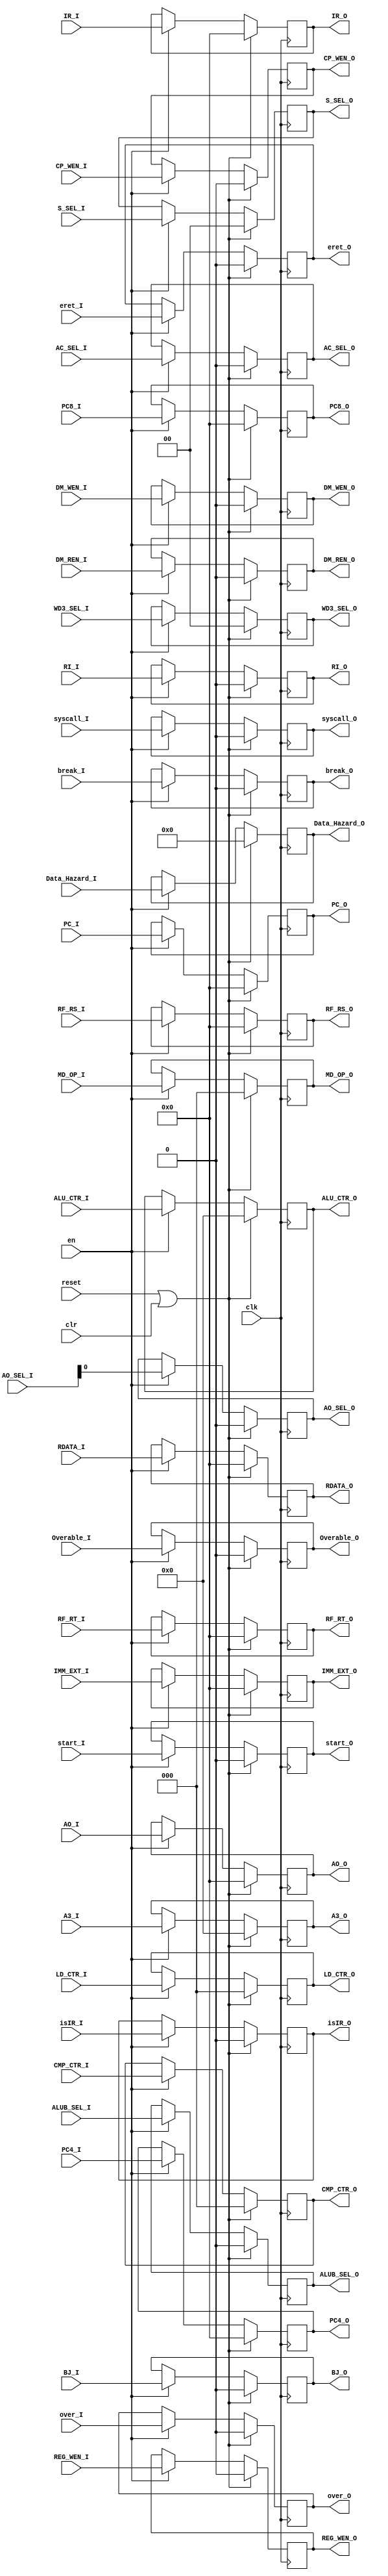
`timescale 1ns / 1ps
//////////////////////////////////////////////////////////////////////////////////
// Company: 
// Engineer: 
// 
// Create Data: 2020/02/09 19:17:26
// Design Name: 
// Module Name: reg_flow
// Project Name: 
// Target Devices: 
// Tool Versions: 
// Description: 
// 
// Dependencies: 
// 
// Revision:
// Revision 0.01 - File Created
// Additional Comments:
// 
//////////////////////////////////////////////////////////////////////////////////


module reg_flow(
    input clk,
    input reset,
    input clr,
    input en,
    input [31:0] PC_I,
    input [31:0] PC4_I,
    input [31:0] PC8_I,
    input [31:0] IR_I,
    input [31:0] RF_RS_I,
    input [31:0] RF_RT_I,
    input [31:0] IMM_EXT_I,
    input [31:0] AO_I,
    input [31:0] RDATA_I,
    input ALUB_SEL_I,
    input [4:0] ALU_CTR_I,
    input DM_REN_I,
    input DM_WEN_I,
    input [1:0] WD3_SEL_I,
    input REG_WEN_I,
    input [44:0] Data_Hazard_I,
    input [4:0] A3_I,
    input [2:0] CMP_CTR_I,
    input [1:0] S_SEL_I,
    input [2:0] LD_CTR_I,
    input [2:0] MD_OP_I, 
    input start_I,
    input [31:0] AO_SEL_I,
    input BJ_I,
    input eret_I,
    input break_I,
    input syscall_I,
    input CP_WEN_I,
    input AC_SEL_I,
    input RI_I,
    input Overable_I,
    input over_I,
    input isIR_I,
    output reg [31:0] PC_O,
    output reg [31:0] PC4_O,
    output reg [31:0] PC8_O,
    output reg [31:0] IR_O,
    output reg [31:0] RF_RS_O,
    output reg [31:0] RF_RT_O,
    output reg [31:0] IMM_EXT_O,
    output reg [31:0] AO_O,
    output reg [31:0] RDATA_O,
    output reg ALUB_SEL_O,
    output reg [4:0] ALU_CTR_O,
    output reg DM_REN_O,
    output reg DM_WEN_O,
    output reg [1:0] WD3_SEL_O,
    output reg REG_WEN_O,
    output reg [44:0] Data_Hazard_O,
    output reg [4:0] A3_O,
    output reg [2:0] CMP_CTR_O,
    output reg [1:0] S_SEL_O,
    output reg [2:0] LD_CTR_O,
    output reg [2:0] MD_OP_O,
    output reg start_O,
    output reg AO_SEL_O,
    output reg BJ_O,
    output reg eret_O,
    output reg break_O,
    output reg syscall_O,
    output reg CP_WEN_O,
    output reg AC_SEL_O,
    output reg RI_O,
    output reg Overable_O,
    output reg over_O,
    output reg isIR_O
    );

    always @(posedge clk)
        if(reset || clr) begin
            PC_O <= 32'd0;
            PC4_O <= 32'd0;
            PC8_O <= 32'd0;
            IR_O <= 32'd0;
            RF_RS_O <= 32'd0;
            RF_RT_O <= 32'd0;
            IMM_EXT_O <= 32'd0;
            AO_O <= 32'd0;
            RDATA_O <= 32'd0;
            ALUB_SEL_O <= 0;  
            ALU_CTR_O <= 0;  
            DM_REN_O <= 0;    
            DM_WEN_O <= 0;    
            WD3_SEL_O <= 0;  
            REG_WEN_O <= 0;  
            Data_Hazard_O <= 45'd0; 
            A3_O <= 5'd0;
            CMP_CTR_O <= 3'd0;
            S_SEL_O <= 2'd0;
            LD_CTR_O <= 3'd0;
            MD_OP_O <= 3'd0;
            start_O <= 1'd0;
            AO_SEL_O <= 32'd0;
            BJ_O <= 1'b0;
            eret_O <= 1'b0;
            break_O <= 1'b0;
            syscall_O <= 1'b0;
            CP_WEN_O <= 1'b0;
            AC_SEL_O <= 1'b0;
            RI_O <= 1'b0;
            Overable_O <= 1'b0;
            over_O <= 1'b0;     
            isIR_O <= 1'b0;   
        end
        else if(en) begin
            PC_O <= PC_I;
            PC4_O <= PC4_I;
            PC8_O <= PC8_I;
            IR_O <= IR_I;
            RF_RS_O <= RF_RS_I;
            RF_RT_O <= RF_RT_I;
            IMM_EXT_O <= IMM_EXT_I;
            AO_O <= AO_I;
            RDATA_O <= RDATA_I;
            ALUB_SEL_O <= ALUB_SEL_I;  
            ALU_CTR_O <= ALU_CTR_I;  
            DM_REN_O <= DM_REN_I;    
            DM_WEN_O <= DM_WEN_I;    
            WD3_SEL_O <= WD3_SEL_I;  
            REG_WEN_O <= REG_WEN_I;  
            Data_Hazard_O <=Data_Hazard_I; 
            A3_O <= A3_I;   
            CMP_CTR_O <= CMP_CTR_I;
            S_SEL_O <= S_SEL_I;
            LD_CTR_O <= LD_CTR_I;
            MD_OP_O <= MD_OP_I;
            start_O <= start_I;
            AO_SEL_O <= AO_SEL_I;
            BJ_O <= BJ_I;
            eret_O <= eret_I;
            break_O <= break_I;
            syscall_O <= syscall_I;
            CP_WEN_O <= CP_WEN_I;
            AC_SEL_O <= AC_SEL_I;
            RI_O <= RI_I;
            Overable_O <= Overable_I;
            over_O <= over_I;     
            isIR_O <= isIR_I;   
        end



endmodule